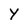
Character: Y